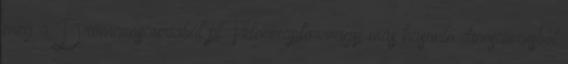
még a Dromaeosauriából pl. Velociraptor vagy más hasonló dinosaurusból